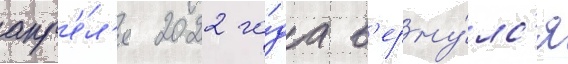
апр'е́л'я 2022 го́да в'ерну́лс'я